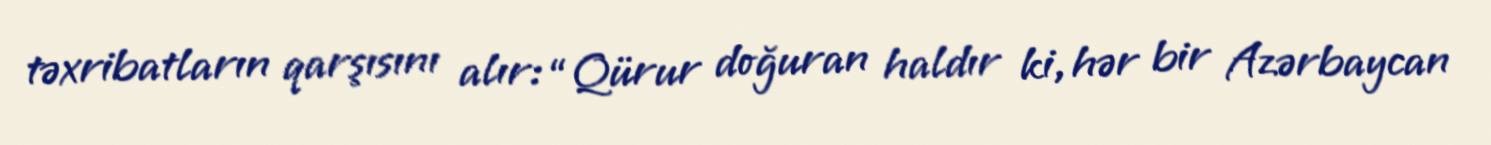
təxribatların qarşısını alır: “Qürur doğuran haldır ki, hər bir Azərbaycan